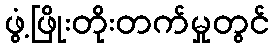
ဖွံ့ဖြိုးတိုးတက်မှုတွင်